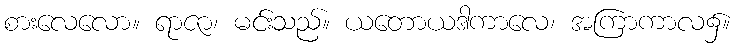
စားလေလော။ ရာဇာ၊ မင်းသည်။ ယတောယဒါကာလေ၊ အကြာကာလ၌။